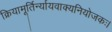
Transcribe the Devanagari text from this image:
क्रियामूर्तिर्न्यायवाक्यनियोजकः।